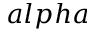
a l p h a